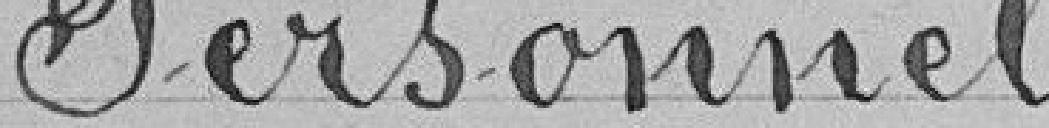
Personnel